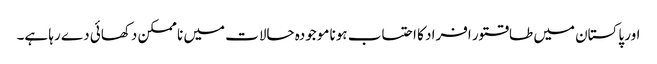
اور پاکستان میں طاقتور افراد کا احتساب ہونا موجودہ حالات میں نا ممکن دکھائی دے رہا ہے۔